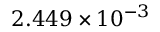
2 . 4 4 9 \times 1 0 ^ { - 3 }